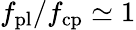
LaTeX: f_{\mathrm{pl}}/f_{\mathrm{cp}}\simeq 1